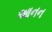
આનન